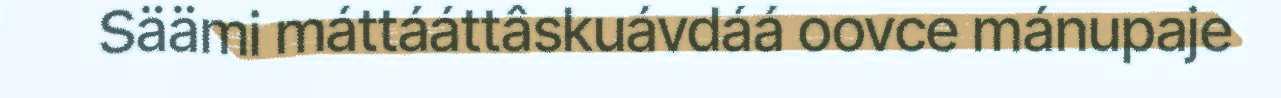
Säämi máttááttâskuávdáá oovce mánupaje